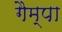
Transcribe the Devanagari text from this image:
गैम्पा